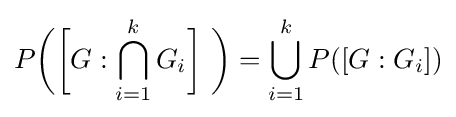
P{\bigg (}{\bigg [}G:\bigcap _{i=1}^{k}G_{i}{\bigg ]}\ {\bigg )}=\bigcup _{i=1}^{k}P([G:G_{i}])